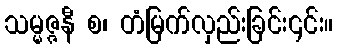
သမ္မဇ္ဇနီ စ၊ တံမြက်လှည်းခြင်း၎င်း။